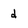
Character: d